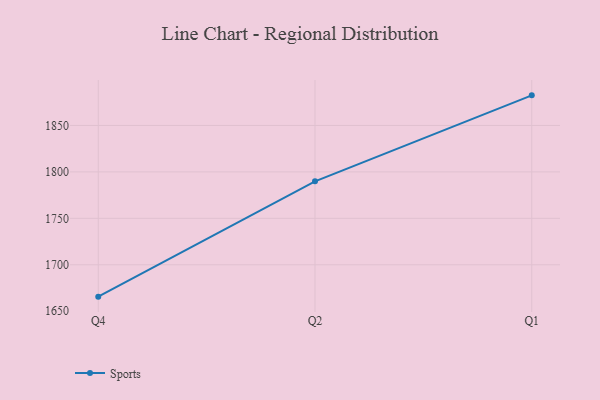
{"axis": {"x": "Quarter", "y": "Bounce Rate (%)"}, "legend": ["Sports"], "data": [{"x": "Q4", "y": 1665.7, "type": "Sports"}, {"x": "Q2", "y": 1789.8, "type": "Sports"}, {"x": "Q1", "y": 1882.4, "type": "Sports"}]}